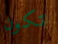
تكون